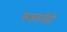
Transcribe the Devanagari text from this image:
फडकरीही